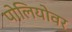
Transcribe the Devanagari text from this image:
पोलियोवर